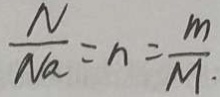
\frac { N } { N a } = n = \frac { m } { M } .